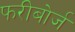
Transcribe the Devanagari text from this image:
फरीबोर्ज